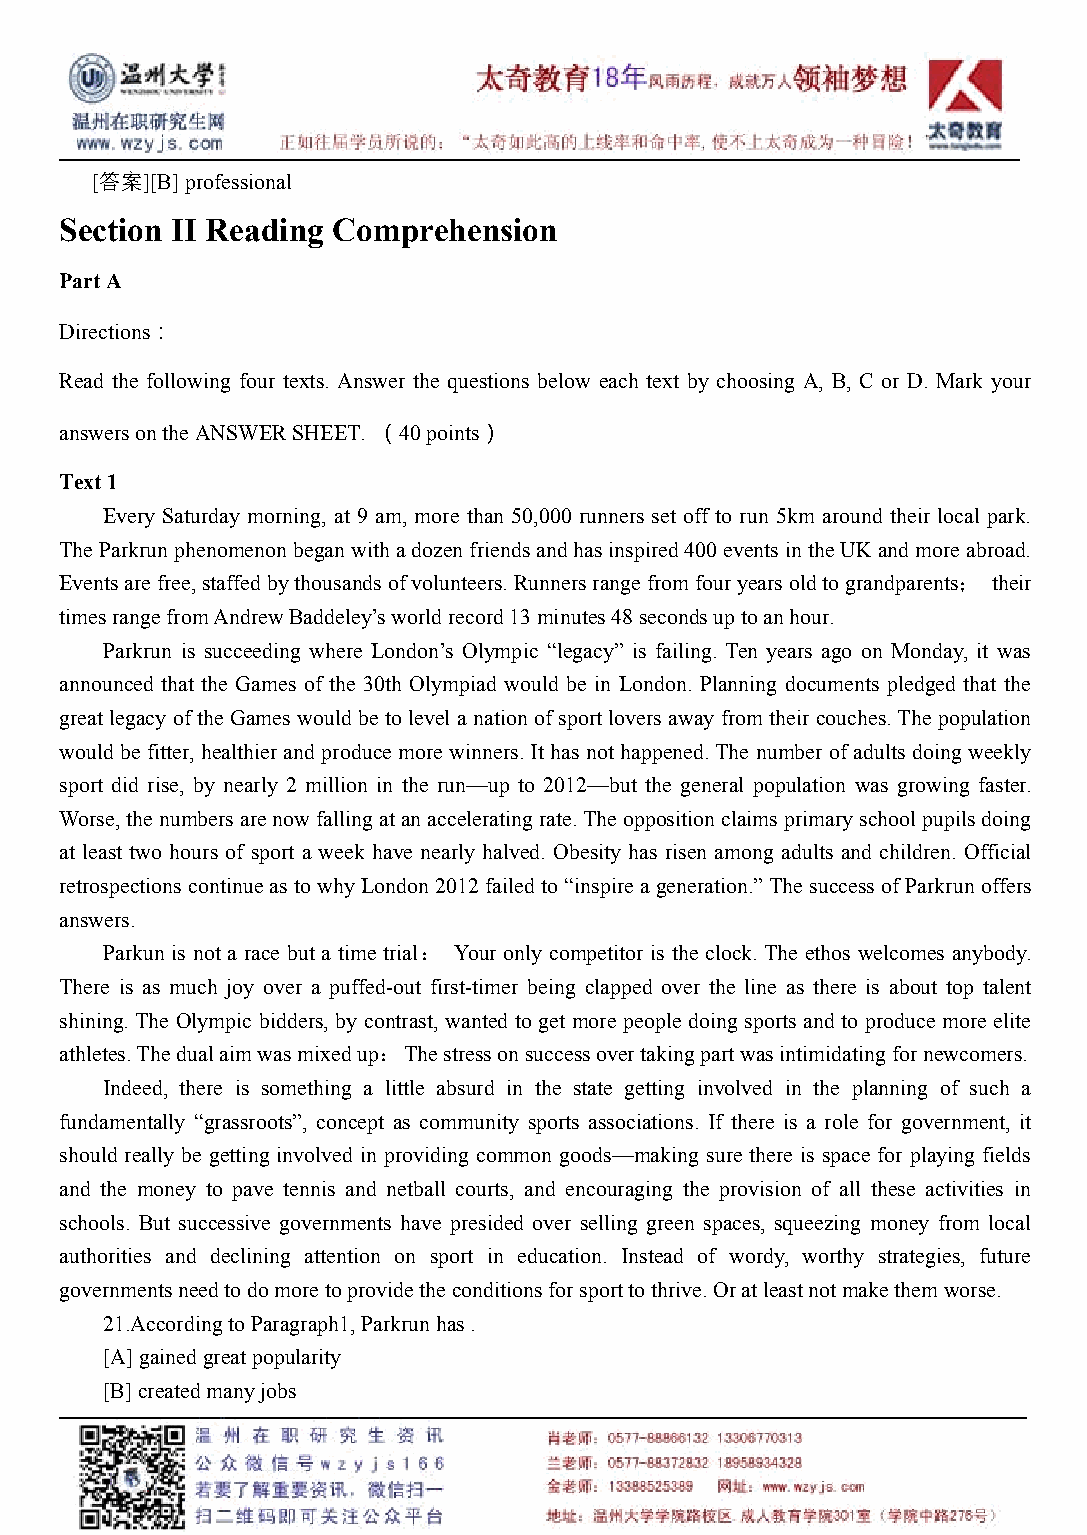
[答案][B]professional
 Section II Reading Comprehension
 PartA
 Directions：
 Read the following four texts. Answer the questions below each text by choosing A, B, C or D. Mark your
 answersontheANSWERSHEET. （40points）
 Text1
 Every Saturday morning, at 9 am, more than 50,000 runners set off to run 5km around their local park.
 TheParkrunphenomenonbeganwithadozenfriendsandhasinspired400eventsintheUKandmoreabroad.
 Eventsarefree,staffedbythousandsofvolunteers.Runnersrangefromfouryearsoldtograndparents； their
 timesrangefromAndrewBaddeley’sworldrecord13minutes48secondsuptoanhour.
 Parkrun is succeeding where London’s Olympic “legacy” is failing. Ten years ago on Monday, it was
 announced that the Games of the 30th Olympiad would be in London. Planning documents pledged that the
 great legacy ofthe Games would be to level a nation ofsportlovers away from their couches.The population
 would be fitter,healthier and produce more winners. It has nothappened.The number of adults doingweekly
 sport did rise, by nearly 2 million in the run—up to 2012—but the general population was growing faster.
 Worse,thenumbersarenowfallingatanacceleratingrate.Theoppositionclaimsprimaryschoolpupilsdoing
 at least two hours of sport a week have nearly halved. Obesity has risen among adults and children. Official
 retrospections continueas to whyLondon2012failed to “inspire ageneration.”The successof Parkrunoffers
 answers.
 Parkun is not a race but a time trial： Your only competitor is the clock. The ethos welcomes anybody.
 There is as much joy over a puffed-out first-timer being clapped over the line as there is about top talent
 shining. The Olympic bidders, by contrast, wanted to get more people doing sports and to produce more elite
 athletes.Thedualaimwasmixedup：Thestressonsuccessovertakingpartwasintimidatingfornewcomers.
 Indeed, there is something a little absurd in the state getting involved in the planning of such a
 fundamentally “grassroots”, concept as community sports associations. If there is a role for government, it
 should really be getting involved in providing common goods—making sure there is space for playing fields
 and the money to pave tennis and netball courts, and encouraging the provision of all these activities in
 schools. But successive governments have presided over selling green spaces, squeezing money from local
 authorities and declining attention on sport in education. Instead of wordy, worthy strategies, future
 governmentsneedtodomoretoprovidetheconditionsforsporttothrive.Oratleastnotmakethemworse.
 21.AccordingtoParagraph1,Parkrunhas.
 [A]gainedgreatpopularity
 [B]createdmanyjobs